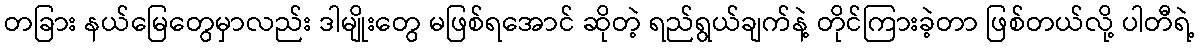
တခြား နယ်မြေတွေမှာလည်း ဒါမျိုးတွေ မဖြစ်ရအောင် ဆိုတဲ့ ရည်ရွယ်ချက်နဲ့ တိုင်ကြားခဲ့တာ ဖြစ်တယ်လို့ ပါတီရဲ့